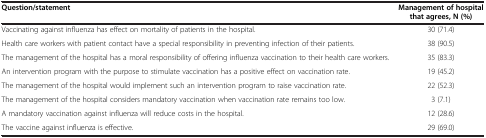
<table><thead><tr><td><b>Question/statement</b></td><td><b>Management of hospital that agrees, N (%)</b></td></tr></thead><tbody><tr><td>Vaccinating against influenza has effect on mortality of patients in the hospital.</td><td>30 (71.4)</td></tr><tr><td>Health care workers with patient contact have a special responsibility in preventing infection of their patients.</td><td>38 (90.5)</td></tr><tr><td>The management of the hospital has a moral responsibility of offering influenza vaccination to their health care workers.</td><td>35 (83.3)</td></tr><tr><td>An intervention program with the purpose to stimulate vaccination has a positive effect on vaccination rate.</td><td>19 (45.2)</td></tr><tr><td>The management of the hospital would implement such an intervention program to raise vaccination rate.</td><td>22 (52.3)</td></tr><tr><td>The management of the hospital considers mandatory vaccination when vaccination rate remains too low.</td><td>3 (7.1)</td></tr><tr><td>A mandatory vaccination against influenza will reduce costs in the hospital.</td><td>12 (28.6)</td></tr><tr><td>The vaccine against influenza is effective.</td><td>29 (69.0)</td></tr></tbody></table>